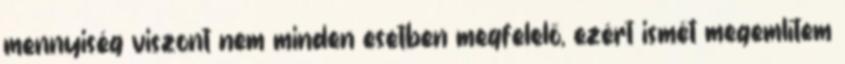
mennyiség viszont nem minden esetben megfelelő, ezért ismét megemlítem